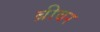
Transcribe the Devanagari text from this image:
ब्रीवर